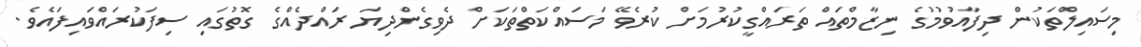
މިސައިލްތަކުން ދިފާއުވުމުގެ ނިޒާމްތައް ތަރައްގީކުރުމަށް ކުރެވޭ މަސައްކަތްތަކަށް ދެވިގެންދިޔަ ރައްދެއްގެ ގޮތުގައި ސިފަކުރައްވައިފައެވެ.